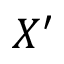
X ^ { \prime }